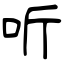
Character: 听